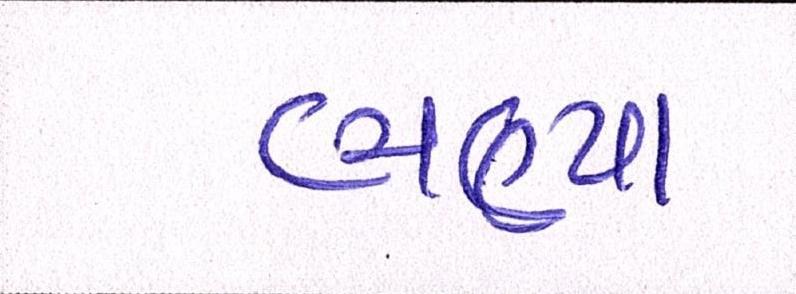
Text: ભણ્યા